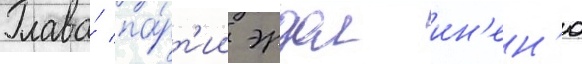
Глава́ па́рт'ии эрдал ин'ен'ю